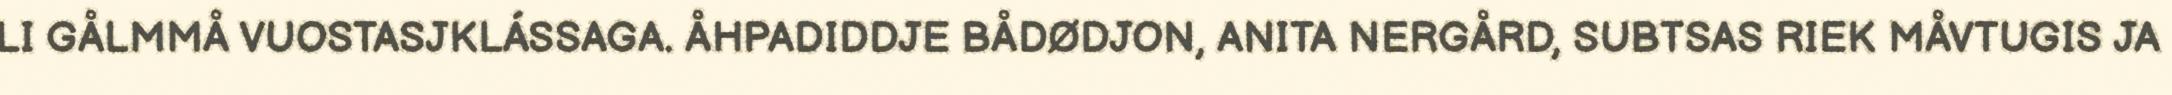
LI GÅLMMÅ VUOSTASJKLÁSSAGA. ÅHPADIDDJE BÅDØDJON, ANITA NERGÅRD, SUBTSAS RIEK MÅVTUGIS JA